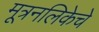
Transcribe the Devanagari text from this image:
मूत्रनलिकेचे